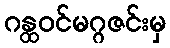
ဂန္ထဝင်မဂ္ဂဇင်းမှ